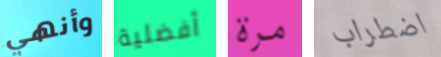
وأنهي أفضلية مرة اضطراب